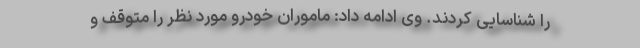
را شناسایی کردند. وی ادامه داد: ماموران خودرو مورد نظر را متوقف و